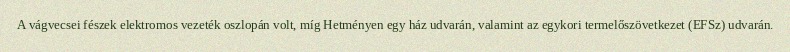
A vágvecsei fészek elektromos vezeték oszlopán volt, míg Hetményen egy ház udvarán, valamint az egykori termelőszövetkezet (EFSz) udvarán.